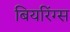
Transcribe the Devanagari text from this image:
बियरिंग्स